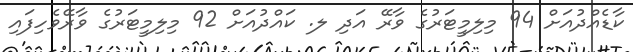
ކާޑެއްދުއަށް 94 މިލިމީޓަރުގެ ވާރޭ އަދި ލ. ކައްދުއަށް 92 މިލިމީޓަރުގެ ވާރޭވެހިފައި